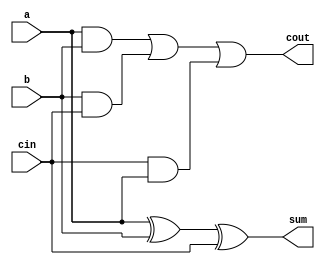
module fulladder(
    input a,
    input b,
    input cin,
    output sum,
    output cout
);
assign sum=a ^ b ^ cin;
assign cout= (a&b) | (b&cin) | (cin&a);
endmodule